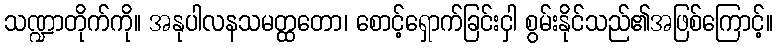
သဏ္ဍာတိုက်ကို။ အနုပါလနသမတ္ထတော၊ စောင့်ရှောက်ခြင်းငှါ စွမ်းနိုင်သည်၏အဖြစ်ကြောင့်။